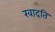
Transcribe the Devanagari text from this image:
खादति